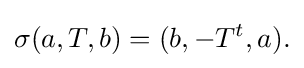
\displaystyle {\sigma (a,T,b)=(b,-T^{t},a).}